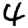
Digit: 4